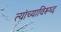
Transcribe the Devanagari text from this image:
त्यांच्याविरूध्द